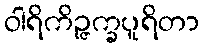
ဝါရိကိဉ္ဇက္ခပူရိတာ